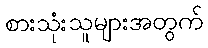
စားသုံးသူများအတွက်